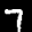
Label: 7